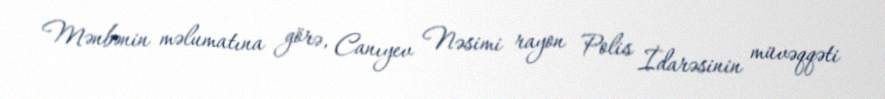
Mənbənin məlumatına görə, Canıyev Nəsimi rayon Polis İdarəsinin müvəqqəti